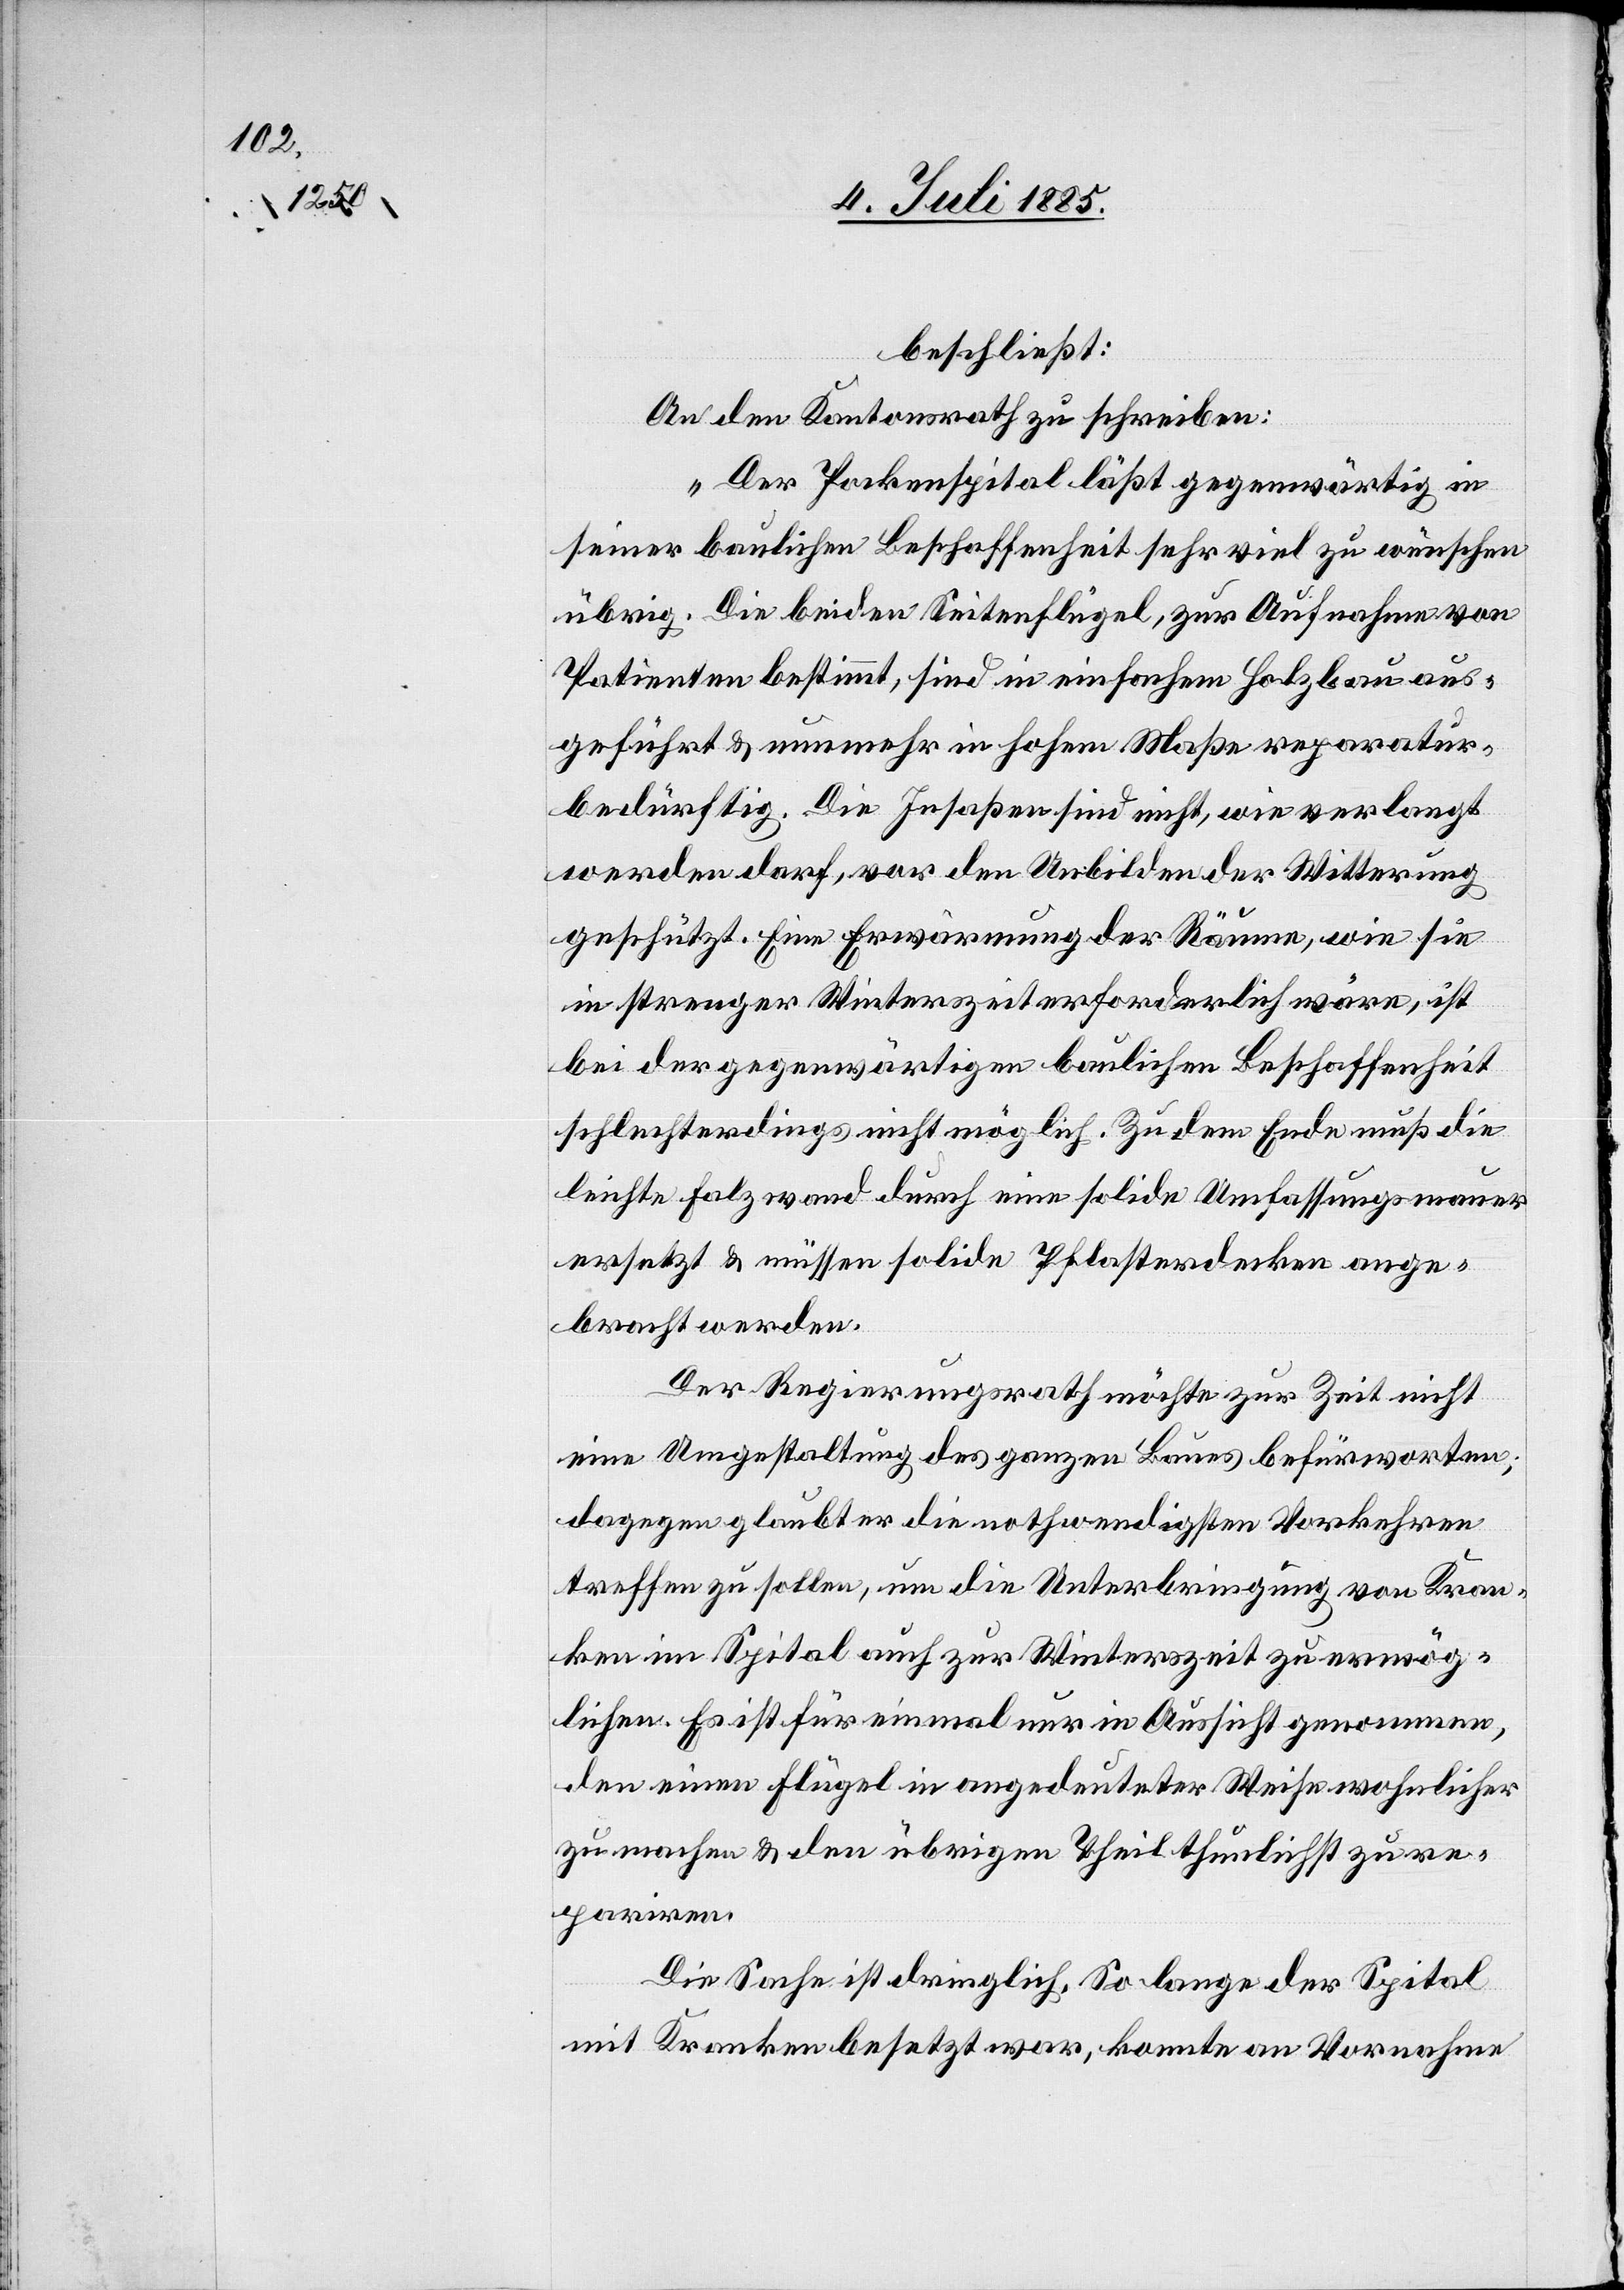
beschließt:
An den Kantonsrath zu schreiben:
„Der Pockenspital läßt gegenwärtig in
seiner baulichen Beschaffenheit sehr viel zu wünschen
übrig. Die beiden Seitenflügel, zur Aufnahme von
Patienten bestimmt, sind in einfachem Holzbau aus¬
geführt & nunmehr in hohem Maße reparatur¬
bedürftig. Die Insaßen sind nicht, wie verlangt
werden darf, vor den Unbilden der Witterung
geschützt. Eine Erwärmung der Räume, wie sie
in strenger Winterszeit erforderlich wäre, ist
bei der gegenwärtigen baulichen Beschaffenheit
schlechterdings nicht möglich. Zu dem Ende muß die
leichte Falzwand durch eine solide Umfassungsmauer
ersetzt & müssen solide Pflasterdecken ange¬
bracht werden.
Der Regierungsrath möchte zur Zeit nicht
eine Umgestaltung des ganzen Baues befürworten;
dagegen glaubt er die nothwendigsten Vorkehren
treffen zu sollen, um die Unterbringung von Kran¬
ken im Spital auch zur Winterzeit zu ermög¬
lichen. Es ist für einmal nur in Aussicht genommen,
den einen Flügel in angedeuteter Weise wohnlicher
zu machen & den übrigen Theil thunlichst zu re¬
pariren.
Die Sache ist dringlich. So lange der Spital
mit Kranken besetzt war, konnte an Vornahme